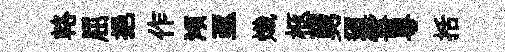
輅屈挹作澒亟熾柩舅迢雪粵括